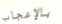
بالإعجاب